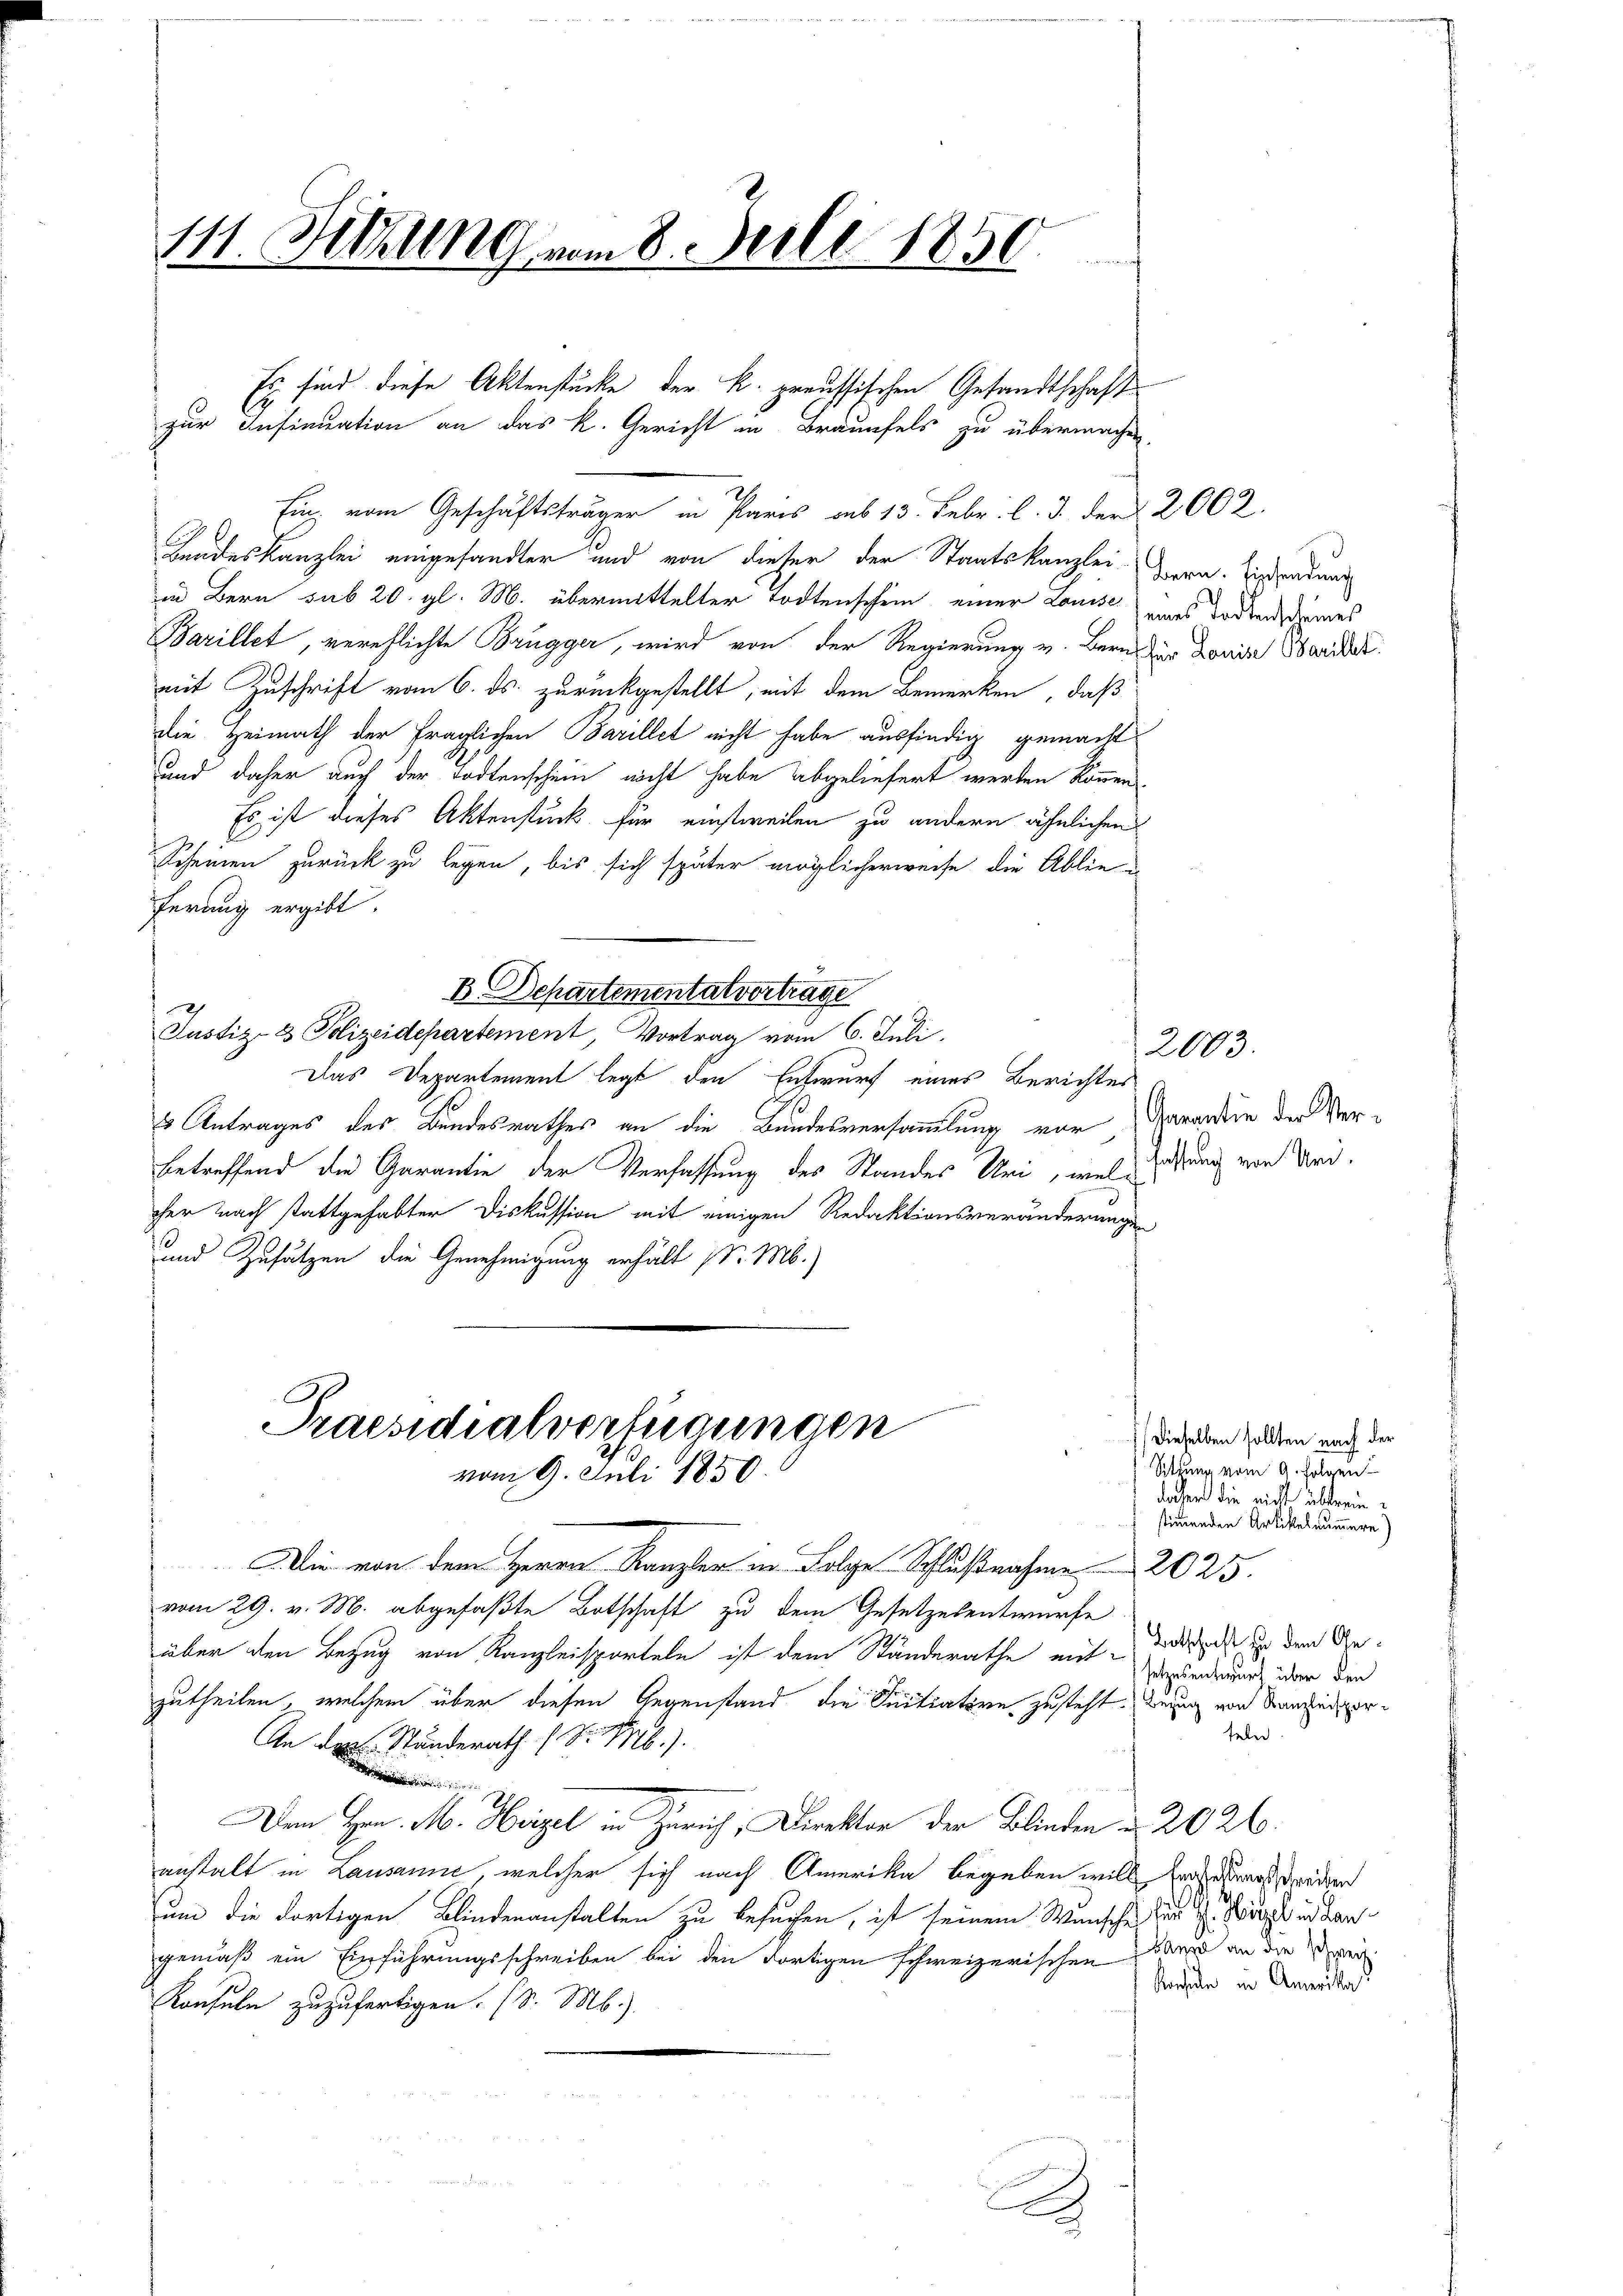
111. Sitzung vom 8. Juli 1850.

Landeskanzlei eingesandter und von dieser der Staatskanzlei Bern. Einradung
in Bern sub 20. gl. M. übermittelter Todtenschein einer Louise eins dortenscheines
Barillet, verehlichte Brugger, wird von der Regierung v. Bern der Domine Sarder
mit Zuschrift vom 6. ds. zurückgestellt, mit dem Bemerken, daß
die Heimath der fraglichen Barillet nicht habe ausfindig gemacht
und daher auch der Todtenschein nicht habe abgeliefert werden können.
Es ist dieses Aktenstück für einstweilen zu andern ähnlichen
Scheinen zurück zu legen, bis sich später möglicherweise die Ablie-
ferung ergibt.
B. Departementalvertrage
Justiz- & Polizeidepartement, Vortrag vom 6. Juli.
Das Departement legt den Entwurf eines Berichtes
s Antrages des Bundesrathes an die Bundesversammlung vor Garandin der Verbetreffend die Garantie der Verfassung des Standes Uri, welschung von Uri.
cher nach stattgehabter Diskussion mit einigen Redaktionsveränderungen
und Zusätzen die Genehmigung erhält (d. M.)

Es sind diese Aktenstücke der k. preussischen Gesandtschaft
C
zur Insinuation an das k. Gericht in Braunfels zu übermachen.
Ein vom Geschäftsträger in Paris aus 13. Febr. l. J. der 2002.

geendige
Praesidialverfügungen
vom 9. Juli 1850.

Die von dem Herrn Kanzler in Folge Schlußnahme  2025.
vom 29. v. M. abgefaßte Botschaft zu dem Gesetzesentwurfe
über den Bezug von Kanzleisporteln ist dem Ständerathe mit-
zutheilen, welchem über diesen Gegenstand die Initiatore zusteht, wenig von Namensper¬
An der Stunderath 1 S. Mb.).

Dem Hrn. M. Herzel in Zürich, Direktor der Blinden u. 2026.
anstalt in Lausanne, welcher sich nach Amerika begeben will sehr rechen
um die dortigen Blindenanstalten zu besuchen, ist seinem Wunsche, der H. Weg und dan
gemäß ein Einführungsschreiben bei den dortigen schweizerischen Band an die Verei
Konsuln zuzufertigen. (v. M.)

A

2003.

Dieselben sollten nach der
Sitzung vom 9. Folgen
daher die nicht überein
stimmenden Artikel nummere)

Botschaft zu dem Gesetzesentwurf über den
feln.

Kochen in Amerika